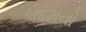
બદમનો